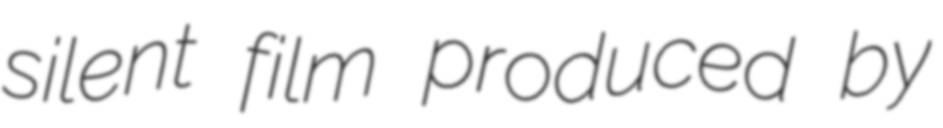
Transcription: silent film produced by